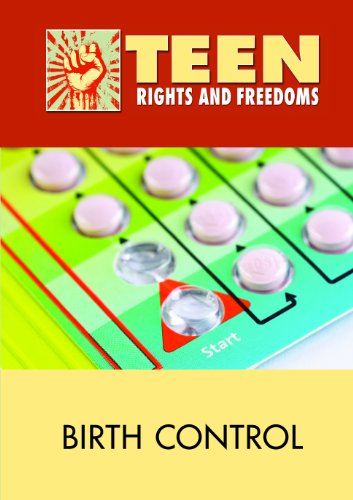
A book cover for Birth Control (Teen Rights and Freedoms); Noel Merino; Teen & Young Adult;